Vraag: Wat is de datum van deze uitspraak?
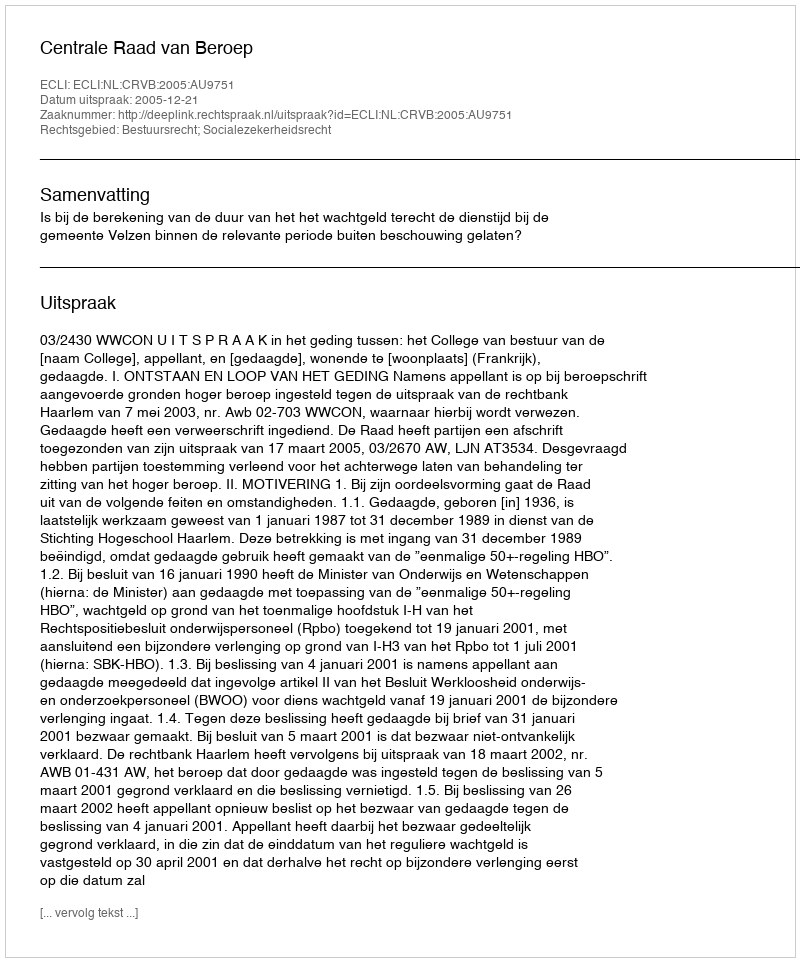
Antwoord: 2005-12-21